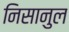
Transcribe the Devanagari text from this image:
निसानुल